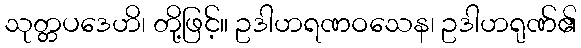
သုတ္တပဒေဟိ၊ တို့ဖြင့်။ ဥဒါဟရဏဝသေန၊ ဥဒါဟရုဏ်၏